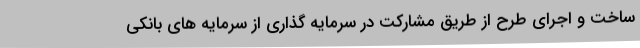
ساخت و اجرای طرح از طریق مشارکت در سرمایه گذاری از سرمایه های بانکی